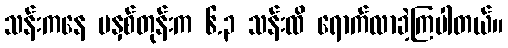
သန်းကနေ မနှစ်တုန်းက ၆.၃ သန်းထိ ရောက်လာခဲ့ကြပါတယ်။